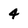
Character: 4